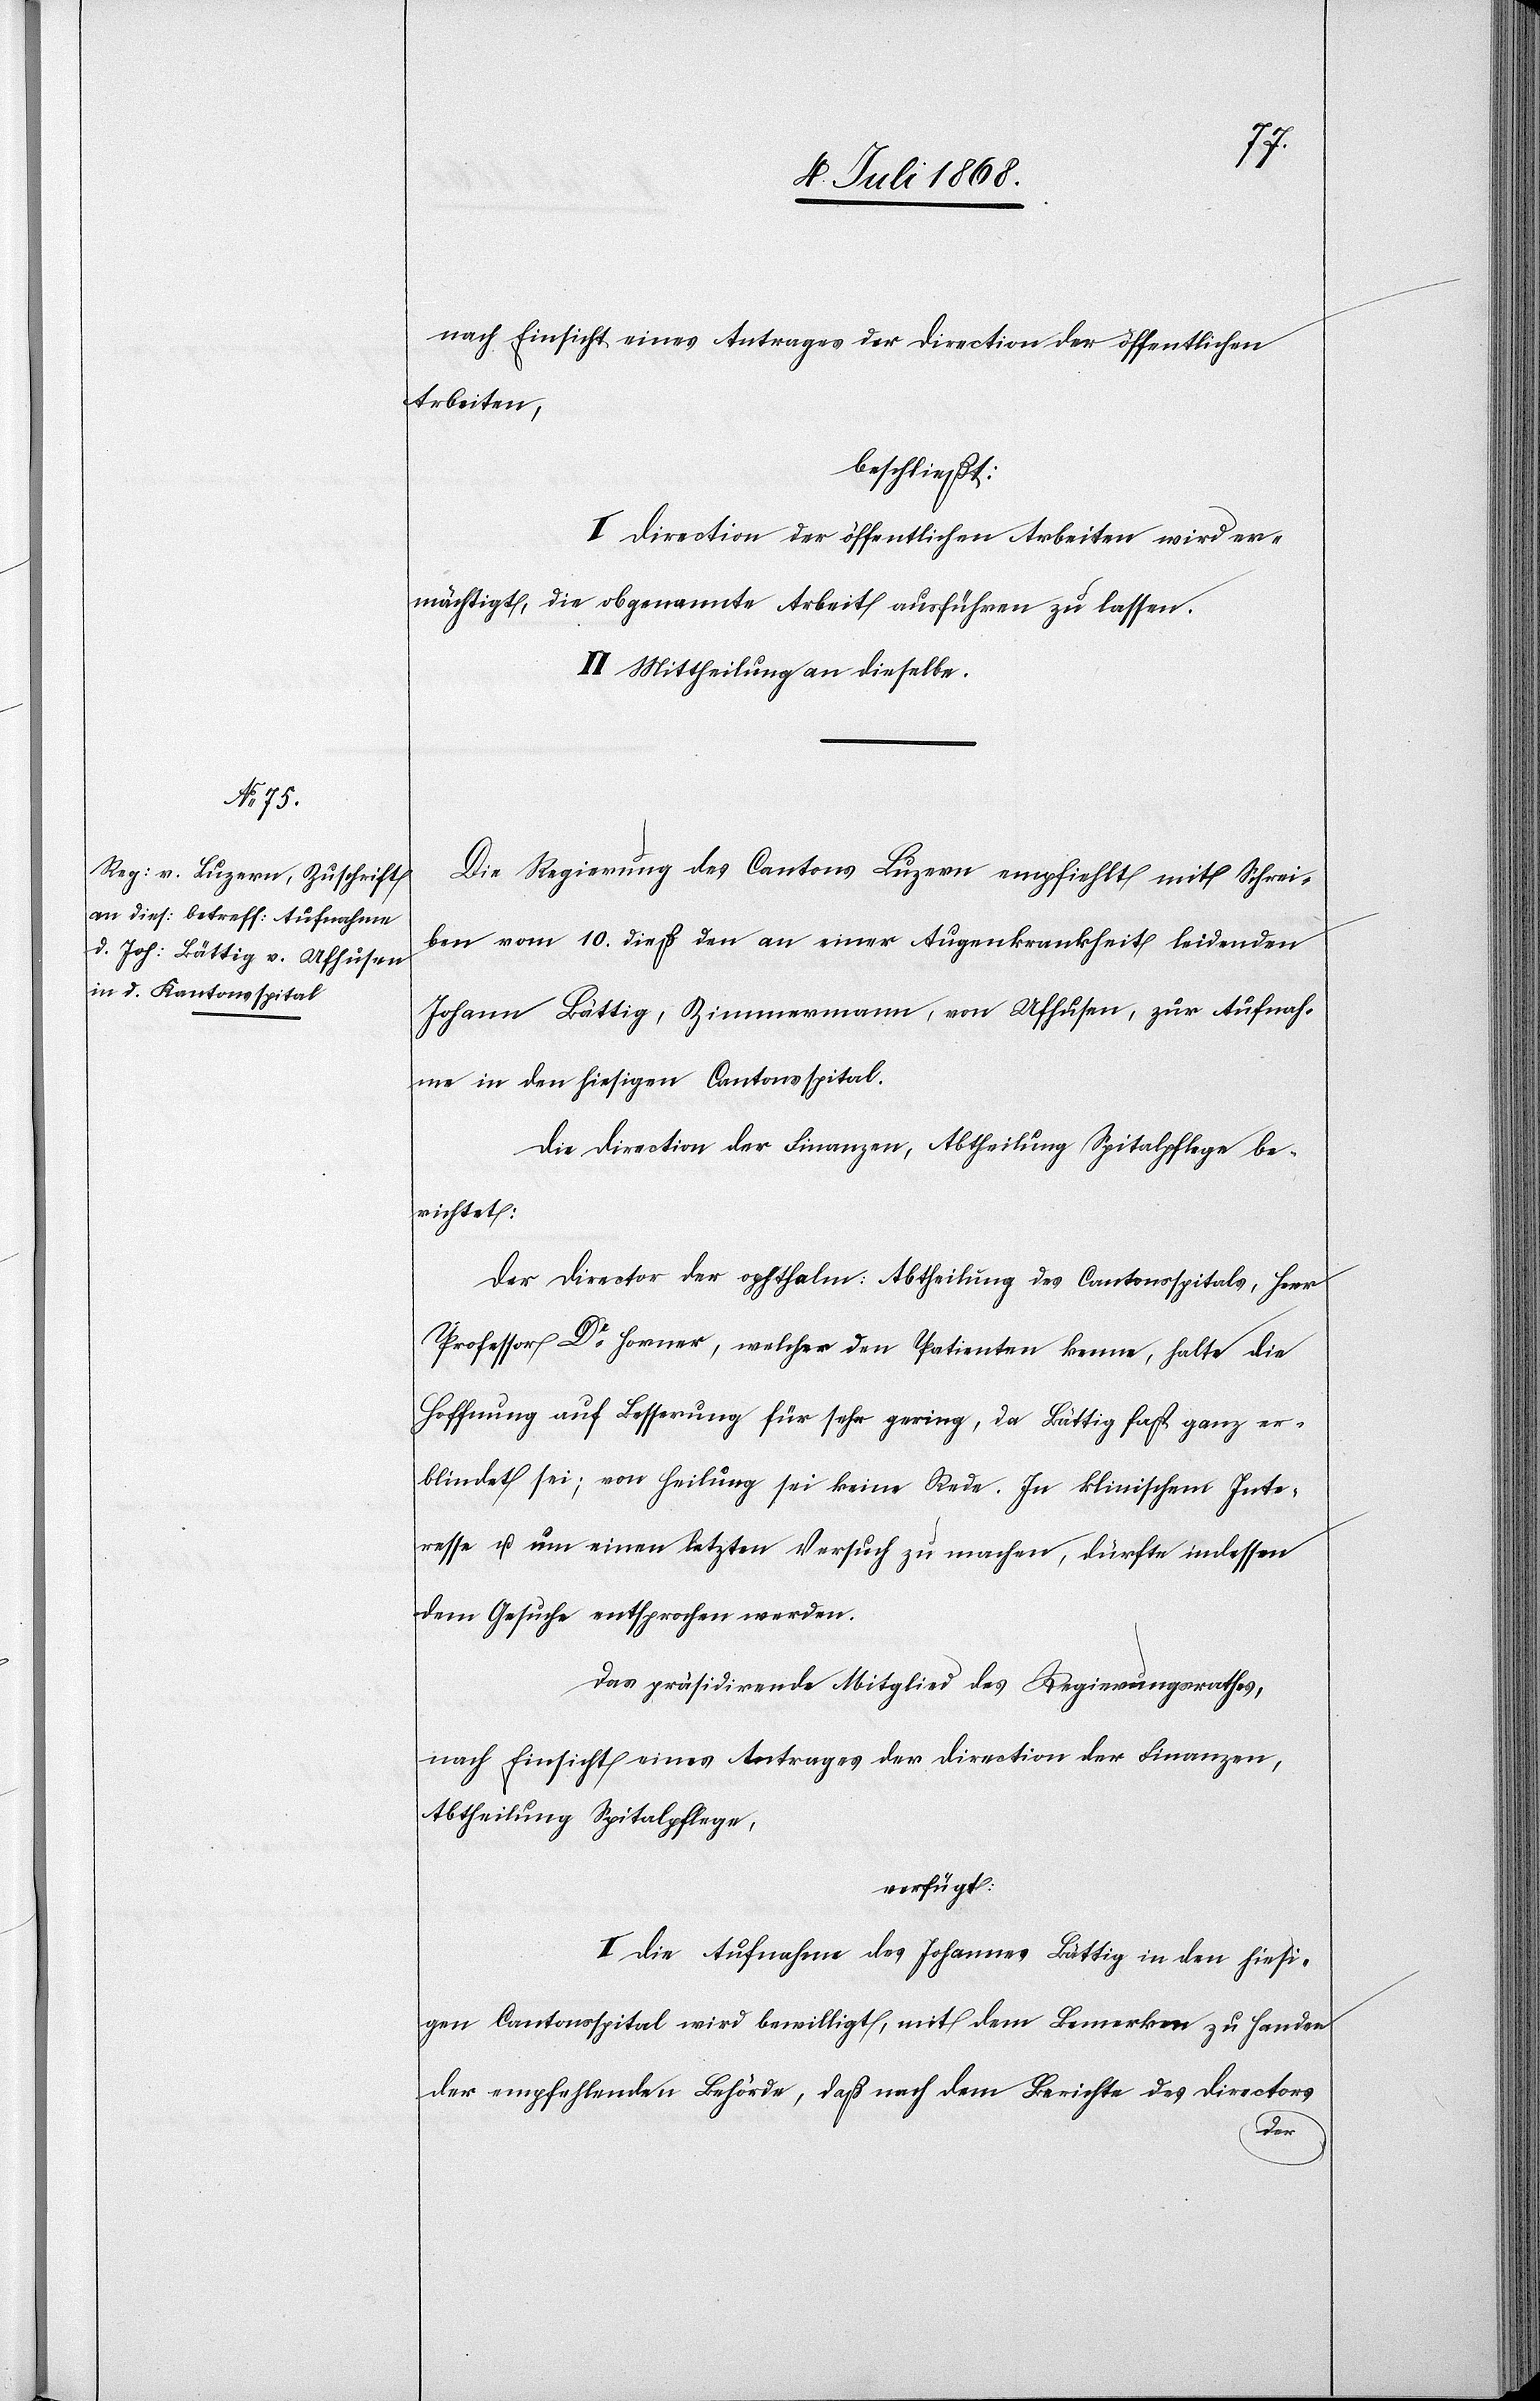
16. Juli 1868]
nach Einsicht eines Antrages der Direction der öffentlichen
Arbeiten,
beschließt:
[Die] Direction der öffentlichen Arbeiten wird er¬
mächtigt, die obgenannte Arbeit ausführen zu lassen.
II. Mittheilung an dieselbe.
Die Regierung des Cantons Luzern empfiehlt mit Schrei¬
ben vom 10. dieß den an einer Augenkrankheit leidenden
Johann Bättig, Zimmermann, von Ufhusen, zur Aufnah¬
me in den hiesigen Cantonsspital.
Die Direction der Finanzen, Abtheilung Spitalpflege be¬
richtet:
Der Director der ophthalm: Abtheilung des Cantonsspitals, Herr
Professor Dr Horner, welcher den Patienten kenne, halte die
Hoffnung auf Besserung für sehr gering, da Bättig fast ganz er¬
blindet sei; von Heilung sei keine Rede. In klinischem Inte¬
resse u. um einen letzten Versuch zu machen, dürfte indessen
dem Gesuche entsprochen werden.
Das präsidirende Mitglied des Regierungsrathes,
nach Einsicht eines Antrages der Direction der Finanzen,
Abtheilung Spitalpflege,
verfügt:
I. Die Aufnahme des Johannes [sic!] Bättig in den hiesi¬
gen Cantonsspital wird bewilligt, mit dem Bemerken zu Handen
der empfehlenden Behörde, daß nach dem Berichte des Directors